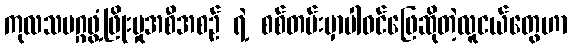
ကုလသမဂ္ဂဖွံ့ဖြိုးမှုအစီအစဉ် ရဲ့ စစ်တမ်းမှာပါဝင်ဖြေဆိုတဲ့လူငယ်တွေဟာ